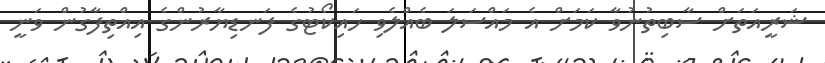
ޝަރީއަތަށް ސާބިތުނުވާ ކަމަށް އެ މައްސަލަ ބެއްލެވި ހައިކޯޓުގެ ފަނޑިޔާރުންގެ އިއްތިފާގުން ވަނީ